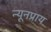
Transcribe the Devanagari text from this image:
न्यूनप्राय